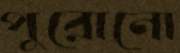
পুরোনো